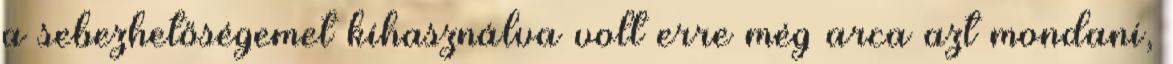
a sebezhetőségemet kihasználva volt erre még arca azt mondani,